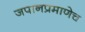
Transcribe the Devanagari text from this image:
जपानप्रमाणेच